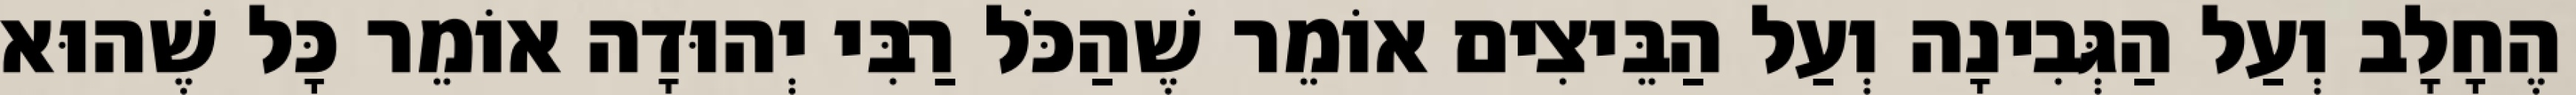
הֶחָלָב וְעַל הַגְּבִינָה וְעַל הַבֵּיצִים אוֹמֵר שֶׁהַכֹּל רַבִּי יְהוּדָה אוֹמֵר כָּל שֶׁהוּא